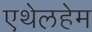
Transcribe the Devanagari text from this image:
एथेलहेम